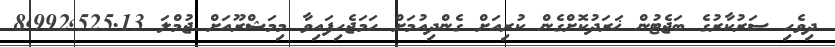
ދިވެހި ސަރުކާރުގެ ބަޖެޓުން ޚަރަދުކޮށްގެން ކުރިއަށް ގެންދިއުމަށް ހަމަޖެހިފައިވާ މިމަޝްރޫއަށް ޖުމްލަ 8